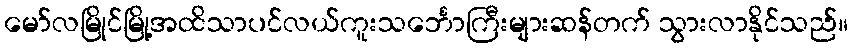
မော်လမြိုင်မြို့အထိသာပင်လယ်ကူးသင်္ဘောကြီးများဆန်တက် သွားလာနိုင်သည်။